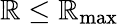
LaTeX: \mathbb{R}\leq\mathbb{R}_{\operatorname*{max}}